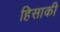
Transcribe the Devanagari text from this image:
हिसाकी